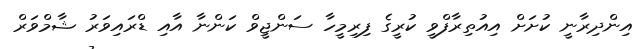
އިންދިރާނީ ކުށަށް އިއުތިރާފްވީ ކުރީގެ ފިރިމީހާ ސަންޖީވް ކަންނާ އާއި ޑްރައިވަރު ޝާމްވަރް